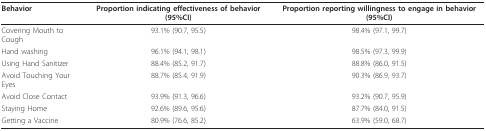
<table><thead><tr><td><b>Behavior</b></td><td><b>Proportion indicating effectiveness of behavior (95%CI)</b></td><td><b>Proportion reporting willingness to engage in behavior (95%CI)</b></td></tr></thead><tbody><tr><td>Covering Mouth to Cough</td><td>93.1% (90.7, 95.5)</td><td>98.4% (97.1, 99.7)</td></tr><tr><td>Hand washing</td><td>96.1% (94.1, 98.1)</td><td>98.5% (97.3, 99.9)</td></tr><tr><td>Using Hand Sanitizer</td><td>88.4% (85.2, 91.7)</td><td>88.8% (86.0, 91.5)</td></tr><tr><td>Avoid Touching Your Eyes</td><td>88.7% (85.4, 91.9)</td><td>90.3% (86.9, 93.7)</td></tr><tr><td>Avoid Close Contact</td><td>93.9% (91.3, 96.6)</td><td>93.2% (90.7, 95.9)</td></tr><tr><td>Staying Home</td><td>92.6% (89.6, 95.6)</td><td>87.7% (84.0, 91.5)</td></tr><tr><td>Getting a Vaccine</td><td>80.9% (76.6, 85.2)</td><td>63.9% (59.0, 68.7)</td></tr></tbody></table>